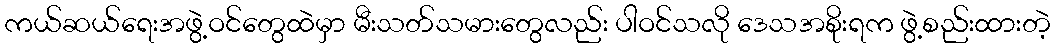
ကယ်ဆယ်ရေးအဖွဲ့ဝင်တွေထဲမှာ မီးသတ်သမားတွေလည်း ပါဝင်သလို ဒေသအစိုးရက ဖွဲ့စည်းထားတဲ့